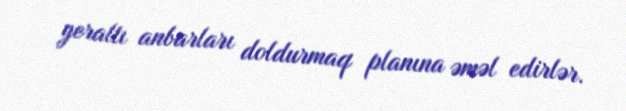
yeraltı anbarları doldurmaq planına əməl edirlər.